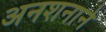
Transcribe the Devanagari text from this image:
अनशनाने